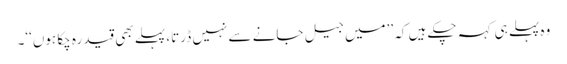
وہ پہلے ہی کہہ چکے ہیں کہ ’’میں جیل جانے سے نہیں ڈرتا، پہلے بھی قید رہ چکا ہوں‘‘۔